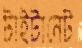
টাইটানেট